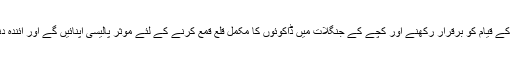
انہوں نے اس امید کا بھی اظہار کیا کہ آئی جی سندھ مشتاق مہر امن و امان کے قیام کو برقرار رکھنے اور کچے کے جنگلات میں ڈاکوئوں کا مکمل قلع قمع کرنے کے لئے موثر پالیسی اپنائیں گے اور آئندہ دنوں میں سندھ بھر میں جرائم کی شرح میں مزید کمی دیکھنے میں آئے گی۔